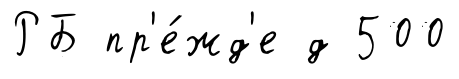
РБ пр'е́жд'е д 500